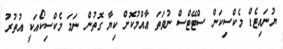
ޔުނައިޓެޑް މެކްސިކަން ސްޓޭޓްސް ނުވަތަ ޢާއްމުކޮށް ކިޔާ ގޮތުން ނަމަ މެކްސިކޯއަކީ އުތުރު